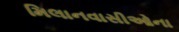
મિલાનવાસીઓના